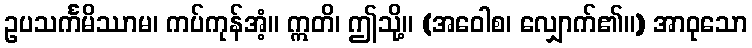
ဥပသင်္ကမိဿာမ၊ ကပ်ကုန်အံ့။ ဣတိ၊ ဤသို့။ (အဝေါစ၊ လျှောက်၏။) အာဝုသော